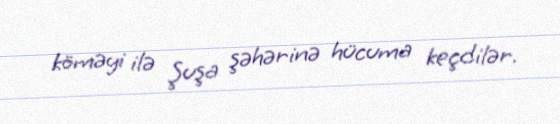
köməyi ilə Şuşa şəhərinə hücuma keçdilər.